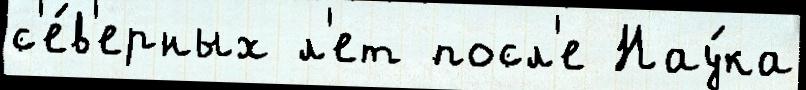
с'е́в'ерных л'ет посл'е Нау́ка